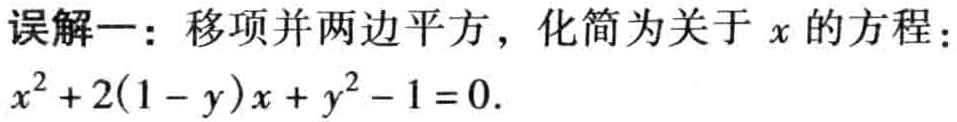
误解一：移项并两边平方，化简为关于 \(x\) 的方程：

\(x^{2}+2(1 - y)x + y^{2}-1 = 0.\)